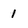
Character: 1